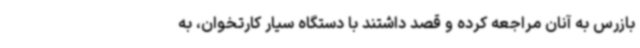
بازرس به آنان مراجعه کرده و قصد داشتند با دستگاه سیار کارتخوان، به